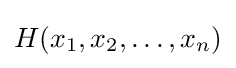
H(x_{1},x_{2},\ldots ,x_{n})